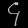
Digit: ၄